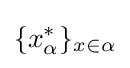
\{x_{\alpha }^{*}\}_{x\in \alpha }